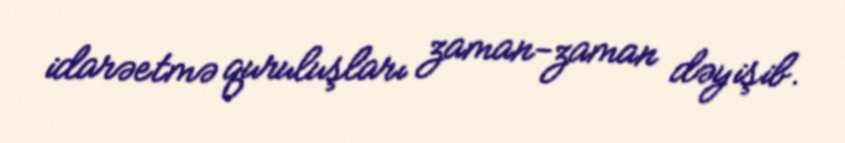
idarəetmə quruluşları zaman-zaman dəyişib.